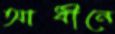
আধীনে